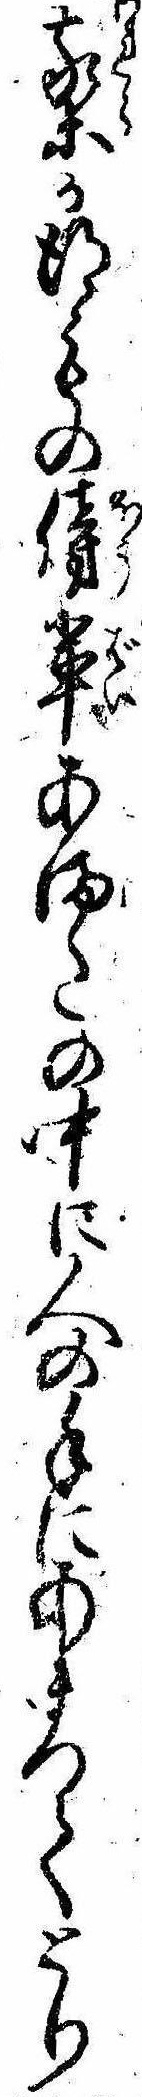
我等か得もの傍輩あまたの中に人の手にあまつてとり